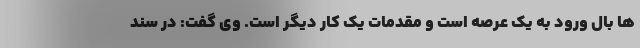
ها بال ورود به یک عرصه است و مقدمات یک کار دیگر است. وی گفت: در سند